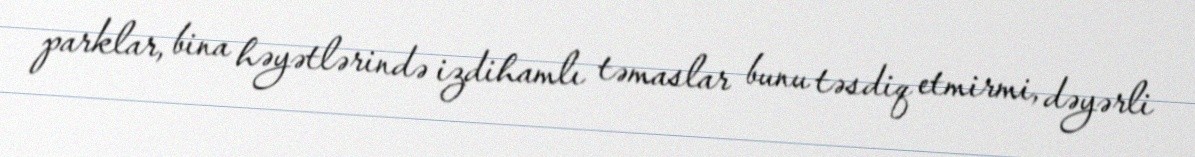
parklar, bina həyətlərində izdihamlı təmaslar bunu təsdiq etmirmi, dəyərli